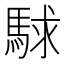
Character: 𮪅